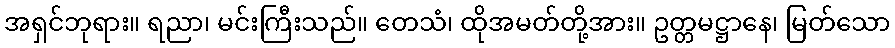
အရှင်ဘုရား။ ရညာ၊ မင်းကြီးသည်။ တေသံ၊ ထိုအမတ်တို့အား။ ဥတ္တမဋ္ဌာနေ၊ မြတ်သော